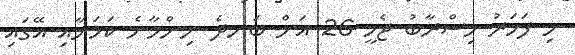
މި ފަހަރު މިސްރާބު ޖެހީ 26 އަށް ބަނދެ ނިންމާނެ ކަމަށާއި އޭގައި